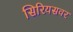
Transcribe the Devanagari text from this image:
सिरियसवर